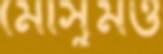
মৌসুমও